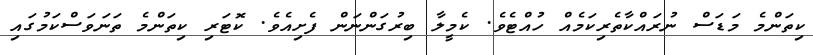
ކިތަންމެ މަޑަސް ނުރައްކާތެރިކަމެއް ހުއްޓެވެ. ކެމީލާ ބިރުގަންނަން ފެށިއެވެ. ކޮޓަރި ކިތަންމެ ތަނަވަސްކަމުގައި